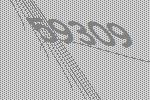
59309